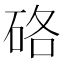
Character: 硌